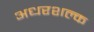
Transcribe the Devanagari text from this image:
अधरशल्क